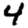
Digit: 4